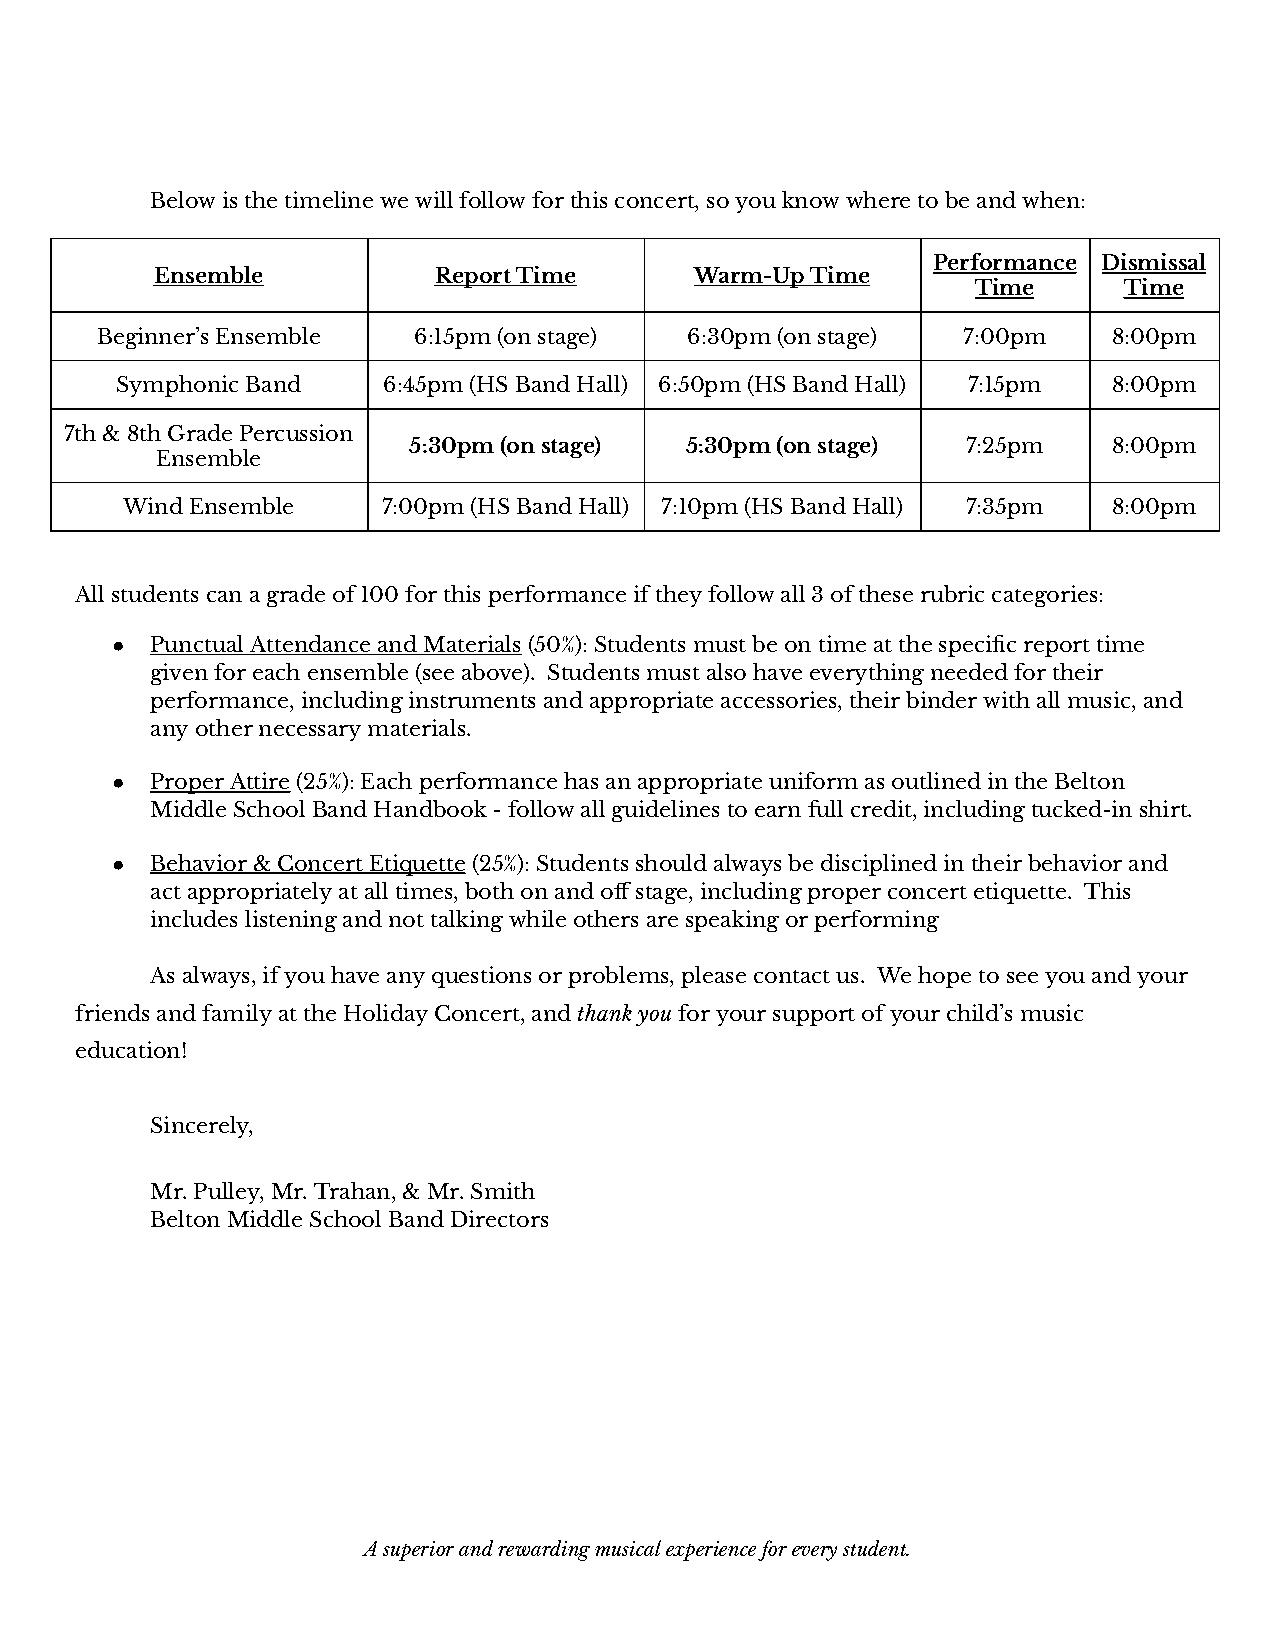
Below is the timeline we will follow for this concert, so you know where to be and when:
 Performance Dismissal
 Ensemble           Report Time      Warm-Up Time
 Time     Time
 Beginner’s Ensemble  6:15pm (on stage)  6:30pm (on stage) 7:00pm    8:00pm
 Symphonic Band   6:45pm (HS Band Hall) 6:50pm (HS Band Hall) 7:15pm 8:00pm
 7th & 8th Grade Percussion
 5:30pm (on stage) 5:30pm (on stage)  7:25pm    8:00pm
 Ensemble
 Wind Ensemble    7:00pm (HS Band Hall) 7:10pm (HS Band Hall) 7:35pm 8:00pm
 All students can a grade of 100 for this performance if they follow all 3 of these rubric categories:
 ●  Punctual Attendance and Materials (50%): Students must be on time at the specific report time
 given for each ensemble (see above). Students must also have everything needed for their
 performance, including instruments and appropriate accessories, their binder with all music, and
 any other necessary materials.
 ●  Proper Attire (25%): Each performance has an appropriate uniform as outlined in the Belton
 Middle School Band Handbook - follow all guidelines to earn full credit, including tucked-in shirt.
 ●  Behavior & Concert Etiquette (25%): Students should always be disciplined in their behavior and
 act appropriately at all times, both on and off stage, including proper concert etiquette. This
 includes listening and not talking while others are speaking or performing
 As always, if you have any questions or problems, please contact us. We hope to see you and your
 friends and family at the Holiday Concert, and thank you for your support of your child’s music
 education!
 Sincerely,
 Mr. Pulley, Mr. Trahan, & Mr. Smith
 Belton Middle School Band Directors
 A superior and rewarding musical experience for every student.